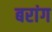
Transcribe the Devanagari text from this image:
बरांग